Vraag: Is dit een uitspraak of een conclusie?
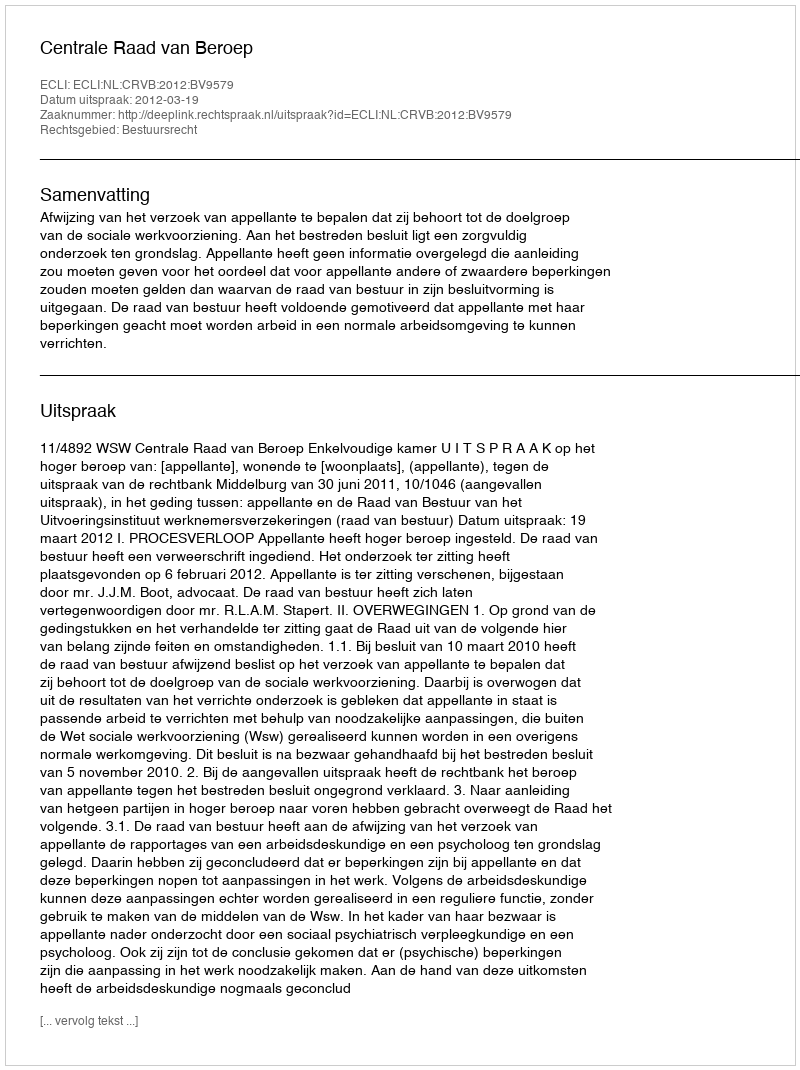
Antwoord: Uitspraak